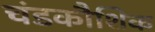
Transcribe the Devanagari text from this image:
चंडकौशिक